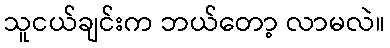
သူငယ်ချင်းက ဘယ်တော့ လာမလဲ။